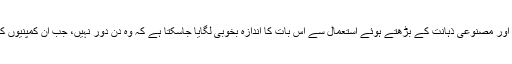
علی بابار اور ایمازون میں ویئرہاؤس اور سپلائی چین مینجمنٹ کے لیے روبوٹس اور مصنوعی ذہانت کے بڑھتے ہوئے استعمال سے اس بات کا اندازہ بخوبی لگایا جاسکتا ہے کہ وہ دن دور نہیں، جب ان کمپنیوں کا سپلائی چین مینجمنٹ کا نظام مکمل طور پر خودمختار اور خودکار بن جائے گا۔